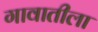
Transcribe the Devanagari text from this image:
गावातीला